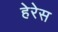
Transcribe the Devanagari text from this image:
हेरेस